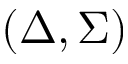
( \Delta , \Sigma )